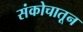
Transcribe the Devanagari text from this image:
संकोचातून